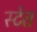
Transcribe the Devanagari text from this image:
स्टेत